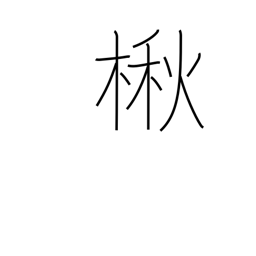
Meaning: Japanese catalpa